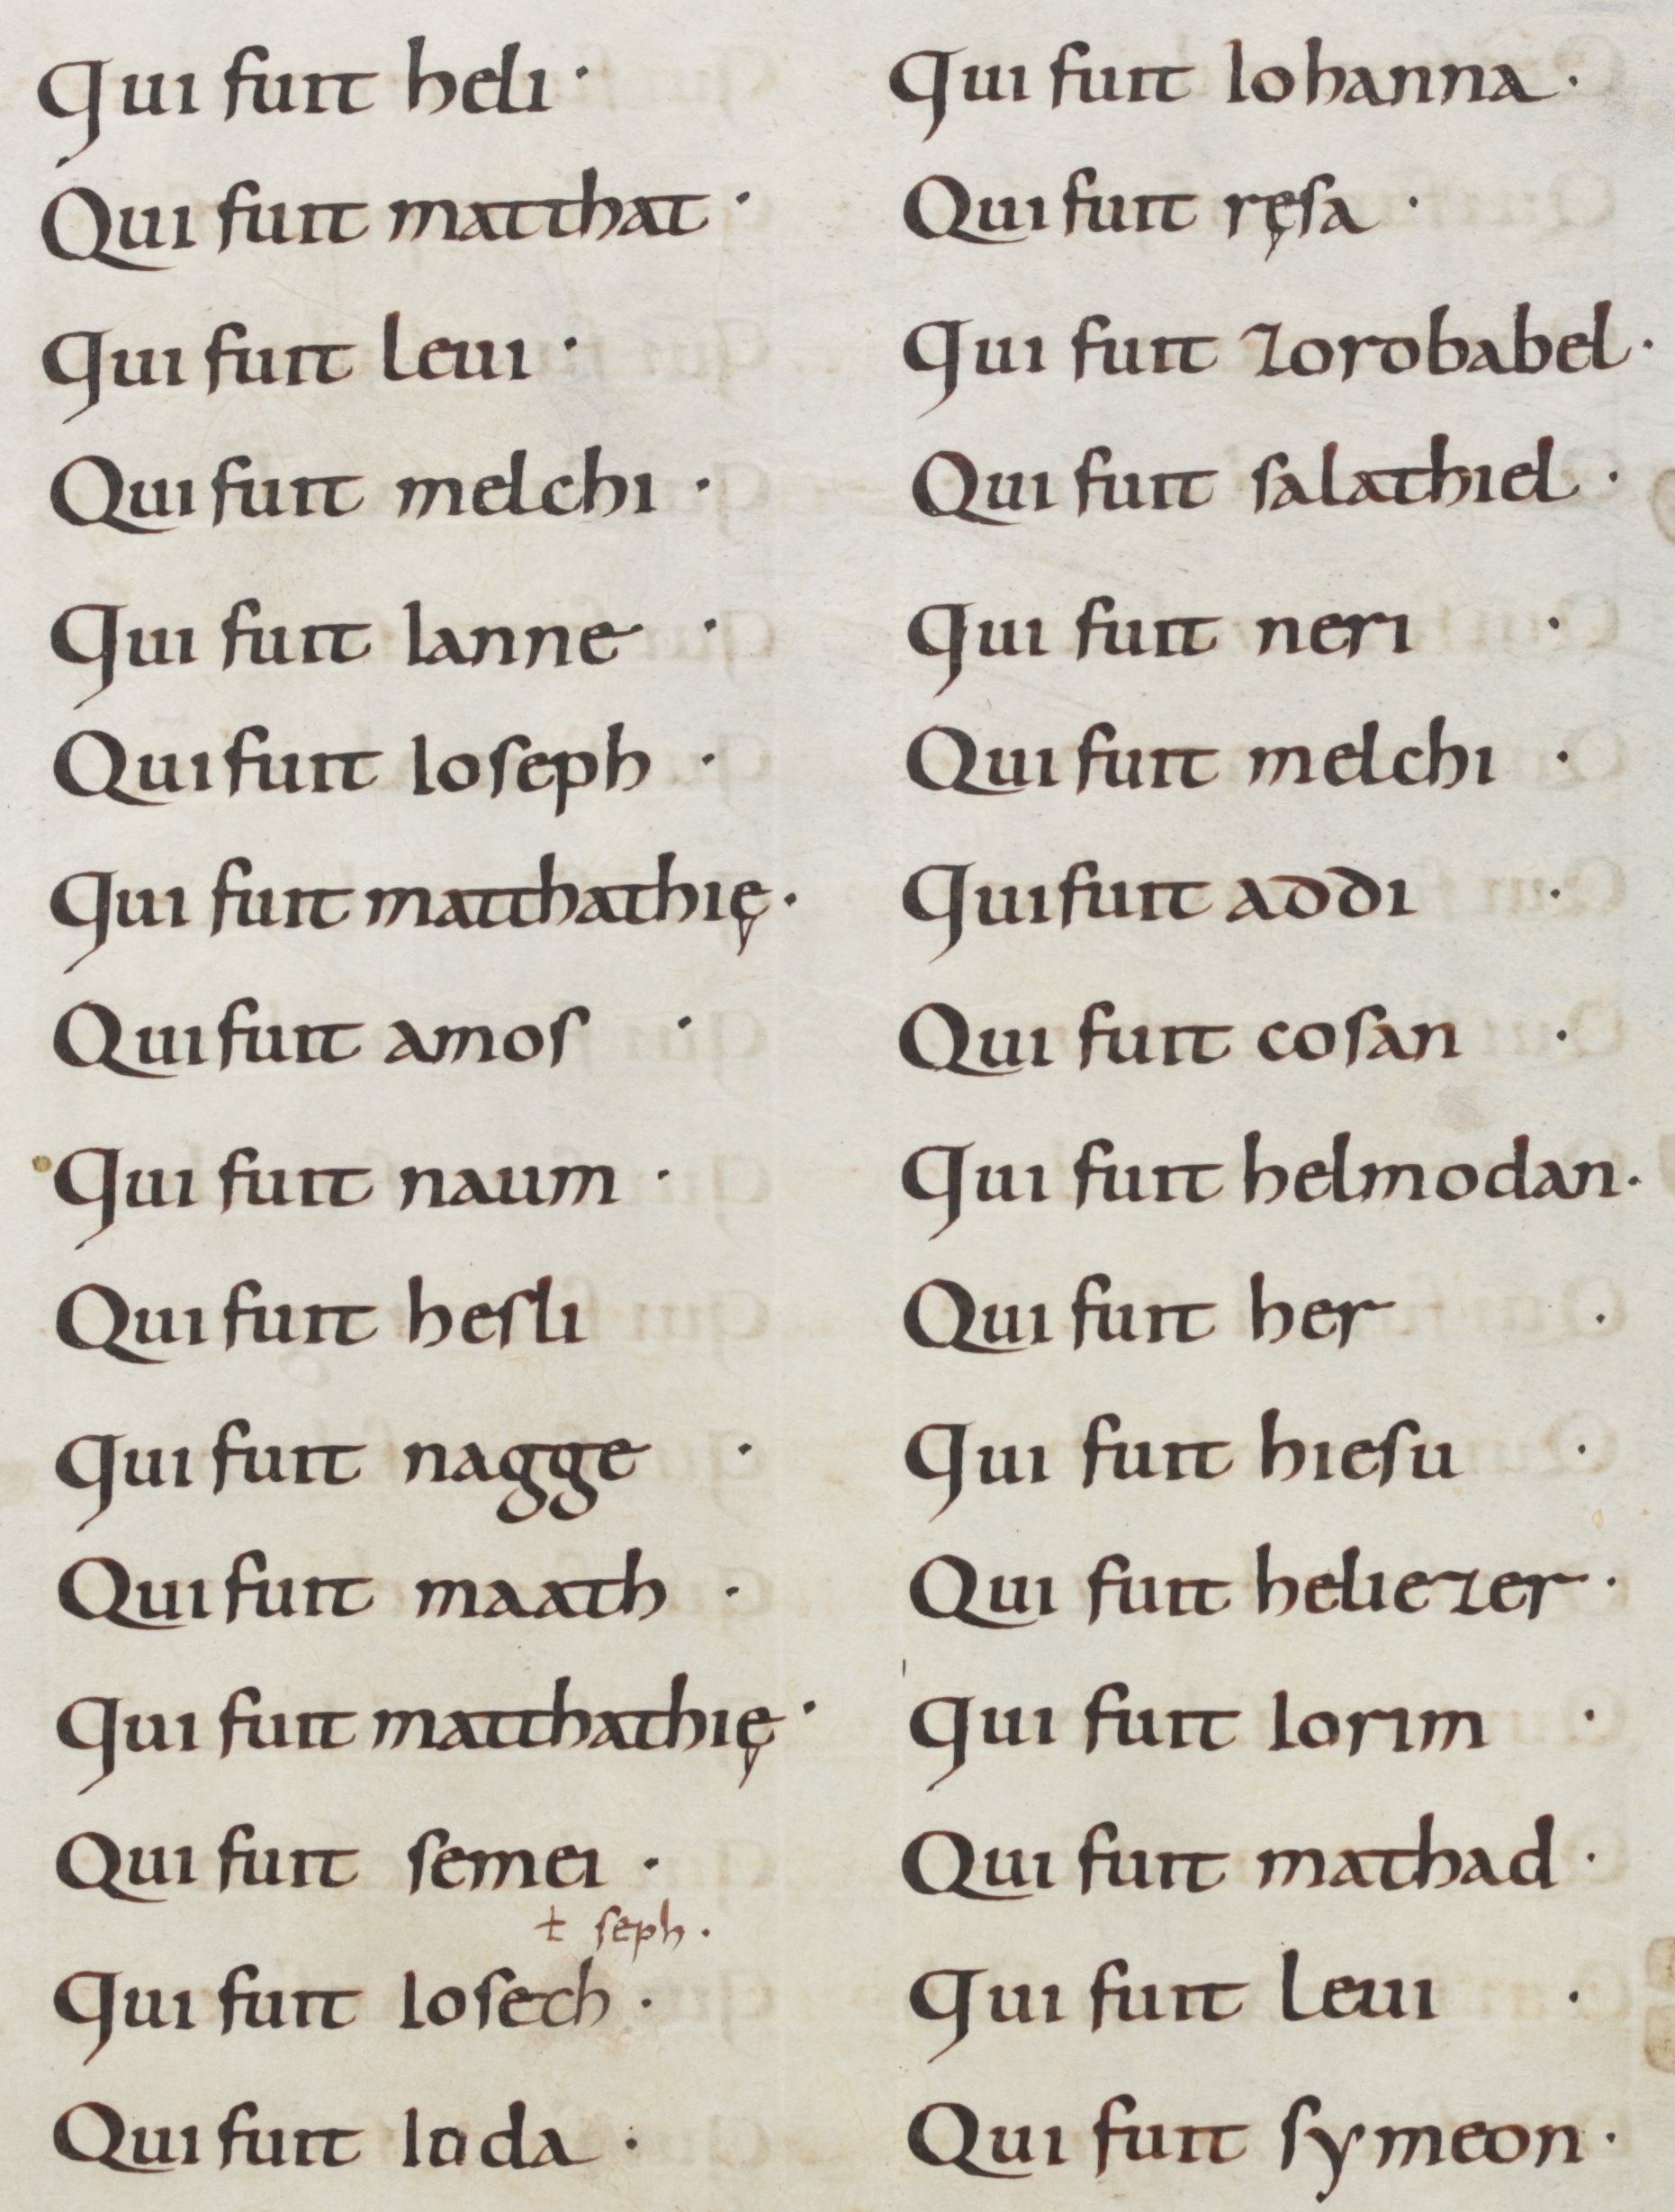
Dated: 875–899